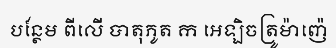
បន្ថែម ពីលើ បាតុភូត ក អេឡិចត្រូម៉ាញ៉េ